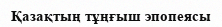
Қазақтың тұңғыш эпопеясы